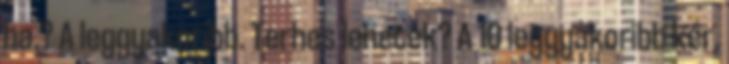
ha.? A leggyakoribb. Terhes lehetek? A 10 leggyakoribb kér.